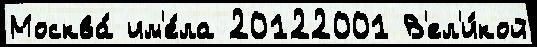
Москва́ им'е́ла 20122001 В'ел'и́кой